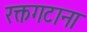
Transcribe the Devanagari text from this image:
रक्तगटाना